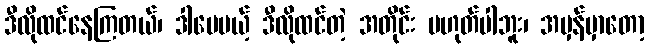
ဒီလိုထင်နေကြတယ်၊ ဒါပေမယ့် ဒီလိုထင်တဲ့ အတိုင်း မဟုတ်ပါဘူး၊ အမှန်မှာတော့